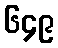
၆၄၉